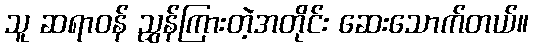
သူ ဆရာဝန် ညွှန်ကြားတဲ့အတိုင်း ဆေးသောက်တယ်။